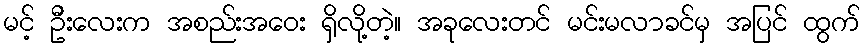
မင့် ဦးလေးက အစည်းအဝေး ရှိလို့တဲ့။ အခုလေးတင် မင်းမလာခင်မှ အပြင် ထွက်